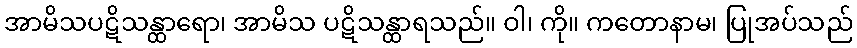
အာမိသပဋိသန္ထာရော၊ အာမိသ ပဋိသန္ထာရသည်။ ဝါ၊ ကို။ ကတောနာမ၊ ပြုအပ်သည်